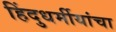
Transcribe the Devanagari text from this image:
हिंदुधर्मीयांचा